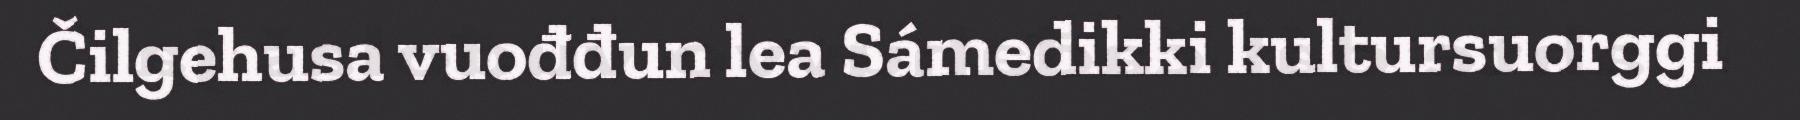
Čilgehusa vuođđun lea Sámedikki kultursuorggi